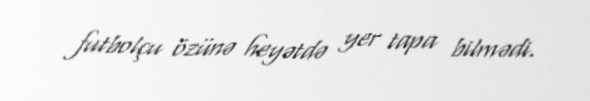
futbolçu özünə heyətdə yer tapa bilmədi.